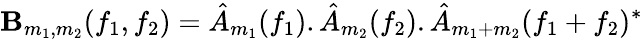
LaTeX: \mathbf{B}_{m_{1},m_{2}}(f_{1},f_{2})=\hat{{A}}_{m_{1}}(f_{1}).\hat{{A}}_{m_{2}}(f_{2}).\hat{{A}}_{m_{1}+m_{2}}(f_{1}+f_{2})^{*}